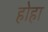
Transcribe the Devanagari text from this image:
होहा